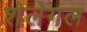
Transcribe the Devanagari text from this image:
शेलेगल